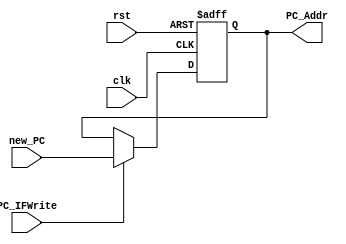
//Program Counter (state element)
module PC(
  input         clk,
  input  [31:0] new_PC,
  input         PC_IFWrite,//1:allow to write, 0:forbit to write
  input         rst,
  output [31:0] PC_Addr
  );
	reg [31:0] PC;
	
	always@(posedge clk or posedge rst)
	begin
	  if (rst)
	    begin
	      PC = 32'h0000_3000;
	    end
	  else
	    if (PC_IFWrite)
	    begin
	      PC = new_PC;
	      //$display("PC = %x", PC);
	    end  
	end
	assign PC_Addr = PC;
endmodule